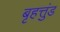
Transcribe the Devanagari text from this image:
बृहत्तुंड